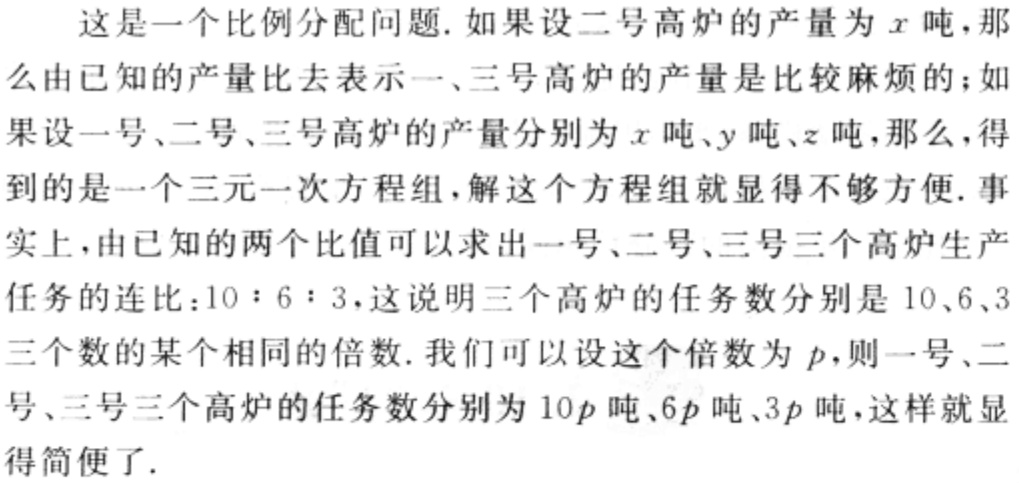
这是一个比例分配问题. 如果设二号高炉的产量为\(x\)吨，那么由已知的产量比去表示一、三号高炉的产量是比较麻烦的；如果设一号、二号、三号高炉的产量分别为\(x\)吨、\(y\)吨、\(z\)吨，那么，得到的是一个三元一次方程组，解这个方程组就显得不够方便. 事实上，由已知的两个比值可以求出一号、二号、三号三个高炉生产任务的连比：\(10:6:3\)，这说明三个高炉的任务数分别是\(10\)、\(6\)、\(3\)三个数的某个相同的倍数. 我们可以设这个倍数为\(p\)，则一号、二号、三号三个高炉的任务数分别为\(10p\)吨、\(6p\)吨、\(3p\)吨，这样就显得简便了.